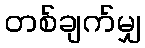
တစ်ချက်မျှ